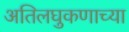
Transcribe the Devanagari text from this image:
अतिलघुकणाच्या